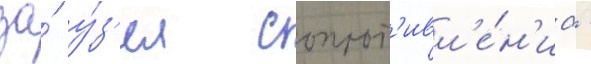
за́ у́з'ел сопрот'ивл'е́н'иа -